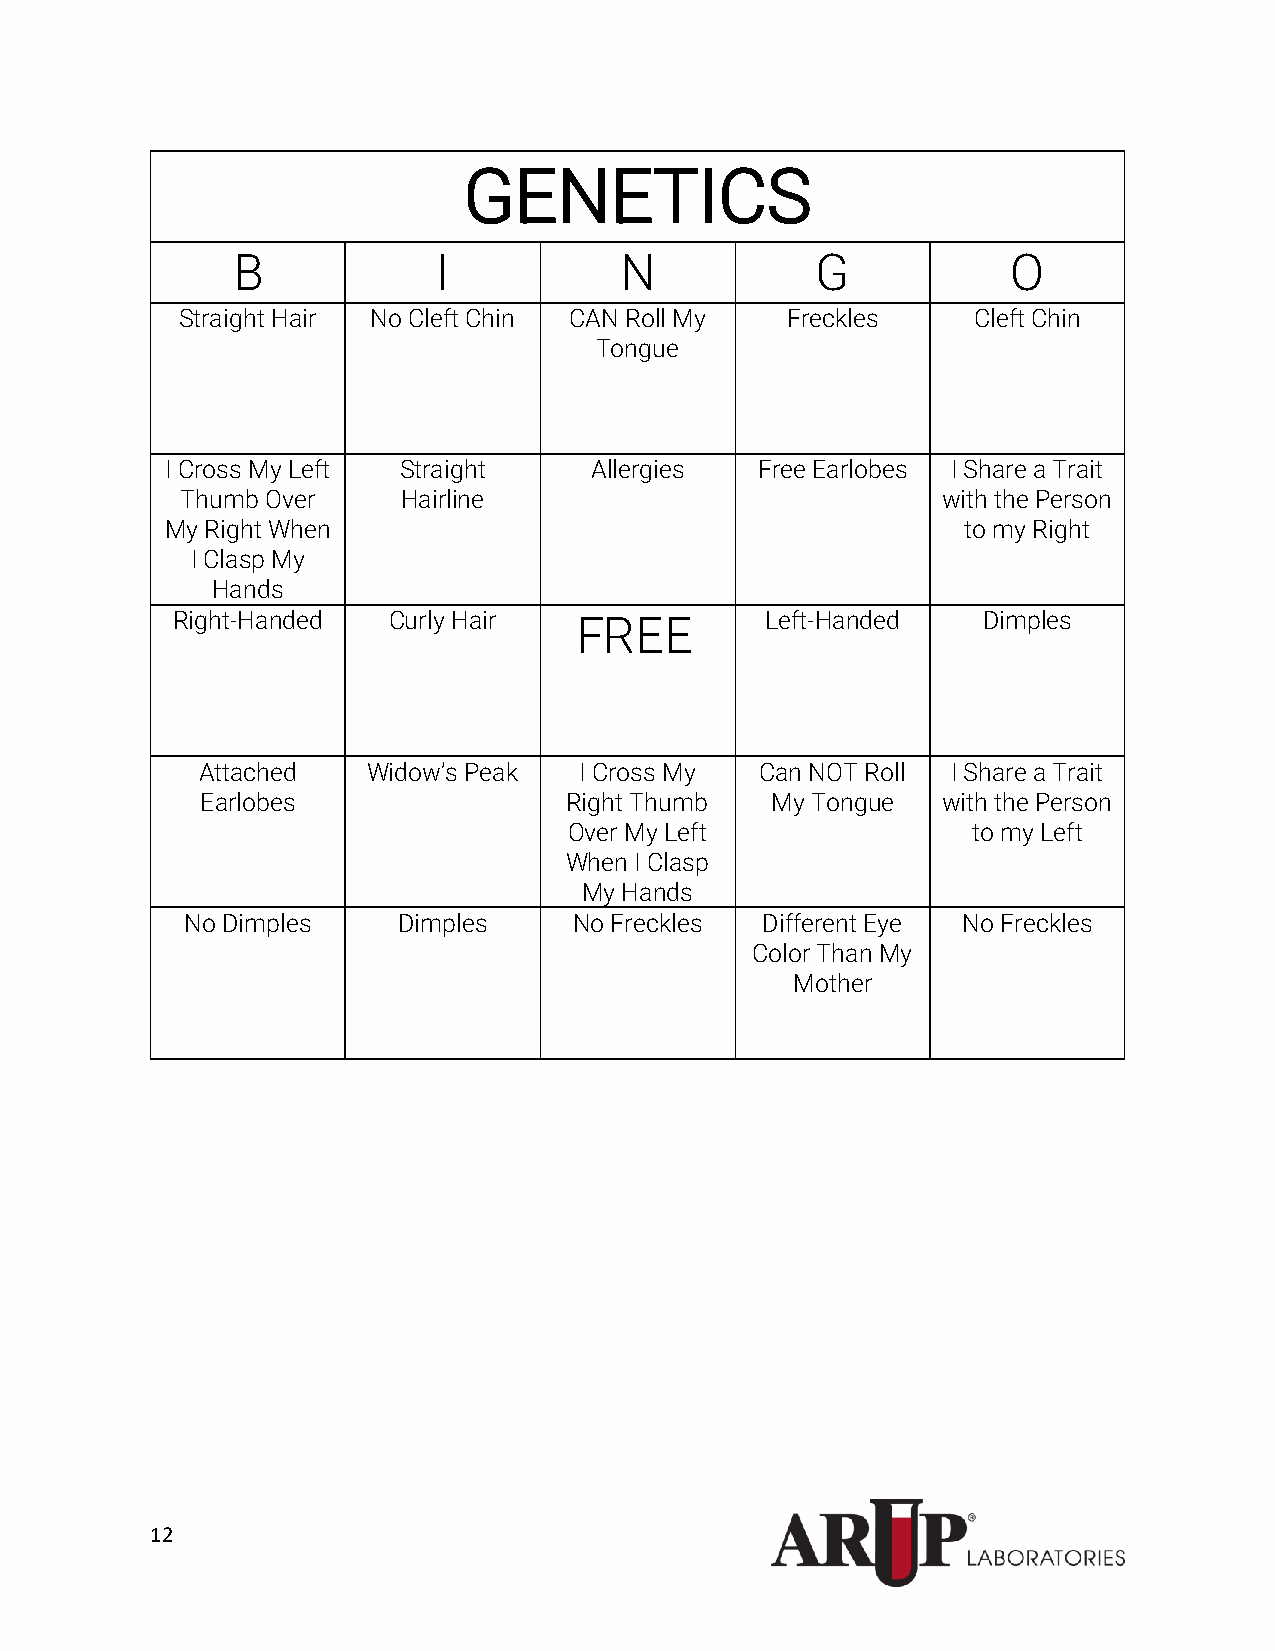
GENETICS
 B             I           N            G            O
 Straight Hair No Cleft Chin CAN Roll My Freckles    Cleft Chin
 Tongue
 I Cross My Left Straight    Allergies  Free Earlobes I Share a Trait
 Thumb Over     Hairline                           with the Person
 My Right When                                        to my Right
 I Clasp My
 Hands
 Right-Handed   Curly Hair  FREE         Left-Handed   Dimples
 Attached   Widow’s Peak  I Cross My  Can NOT Roll I Share a Trait
 Earlobes                Right Thumb   My Tongue  with the Person
 Over My Left              to my Left
 When I Clasp
 My Hands
 No Dimples    Dimples     No Freckles Different Eye No Freckles
 Color Than My
 Mother
 12